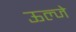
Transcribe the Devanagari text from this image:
ऊल्जे